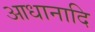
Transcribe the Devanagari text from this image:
आधानादि